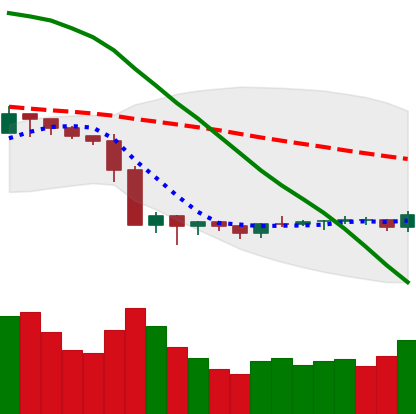
Ticker: LTC-USD
Chart end date: 2019-10-07
Forward return: -3.124%
Label: down_3_5